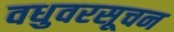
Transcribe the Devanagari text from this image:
वधुवरसूचन